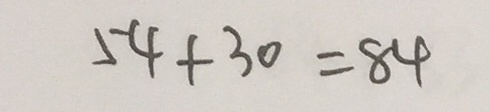
5 4 + 3 0 = 8 4